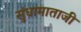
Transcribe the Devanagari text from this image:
सुंधामाताजी